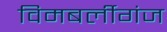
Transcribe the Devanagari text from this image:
विमबर्लीगंज